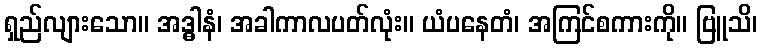
ရှည်လျားသော။ အဒ္ဓါနံ၊ အခါကာလပတ်လုံး။ ယံပနေတံ၊ အကြင်စကားကို။ ဗြူသိ၊